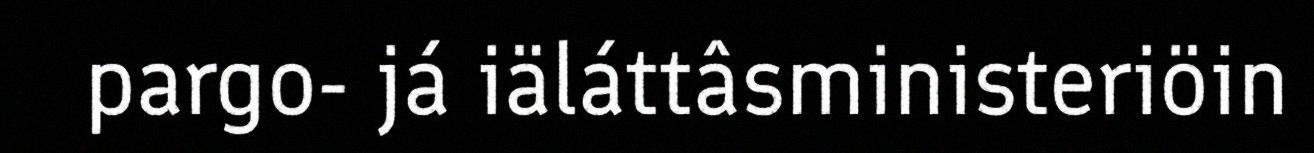
pargo- já iäláttâsministeriöin